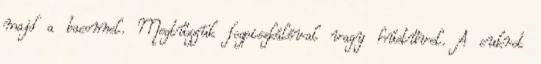
majd a baconnel. Megtűzzük fogpiszkálóval vagy hústűvel. A cukrot